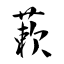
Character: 蔌